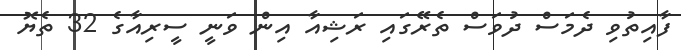
ފާއިތުވި ދެމަސް ދުވަސް ތެރޭގައި ރަޝިއާ އިން ވަނީ ސީރިއާގެ 32 ތެޔޮ